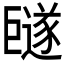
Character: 𪩩